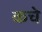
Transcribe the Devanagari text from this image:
कचे